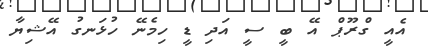
އެއީ ގްރޫޕް އޭ ބީ ސީ އަދި ޑީ ހިމެނޭ ހުޅަނގު އޭޝިޔާ